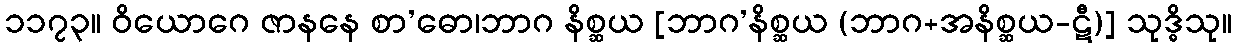
၁၁၇၃။ ဝိယောဂေ ဇာနနေ စာ’ဓော၊ဘာဂ နိစ္ဆယ [ဘာဂ’နိစ္ဆယ (ဘာဂ+အနိစ္ဆယ-ဋီ)] သုဒ္ဓိသု။